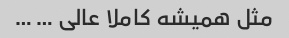
مثل همیشه کاملا عالی … …